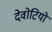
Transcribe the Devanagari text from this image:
देवोटियो